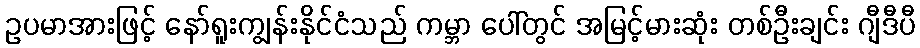
ဥပမာအားဖြင့် နော်ရူးကျွန်းနိုင်ငံသည် ကမ္ဘာ ပေါ်တွင် အမြင့်မားဆုံး တစ်ဦးချင်း ဂျီဒီပီ